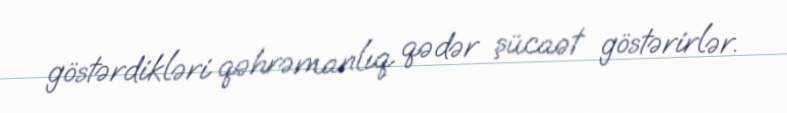
göstərdikləri qəhrəmanlıq qədər şücaət göstərirlər.